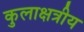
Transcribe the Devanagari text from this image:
कुलाक्षत्रीय